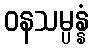
ဝနသမ္ပန္နံ